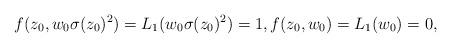
LaTeX: \begin{align*}f(z_0, w_0\sigma(z_0)^2)= L_1(w_0\sigma(z_0)^2) = 1, f(z_0, w_0) = L_1(w_0) = 0,\end{align*}